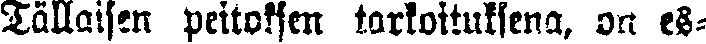
Tällaisen peitoksen tarkoituksena, on es-